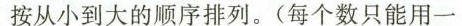
按从小到大的顺序排列。(每个数只能用一